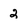
Character: 2